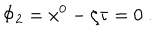
LaTeX: \Phi _ { 2 } = x ^ { 0 } - \zeta \tau = 0 ~ .